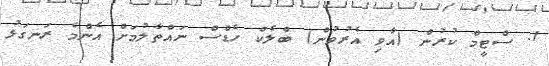
1. ސްޓީމް ކުރުން (އާވި އެރުވުން) ބްލެކް ހެޑްސް ނައްތާލުމަށް އެންމެ ރަނގަޅު